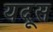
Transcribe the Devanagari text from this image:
यदूस